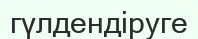
гүлдендіруге